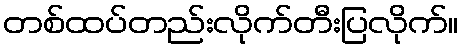
တစ်ထပ်တည်းလိုက်တီးပြလိုက်။